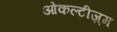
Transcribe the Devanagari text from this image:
ओकल्टीज़्म